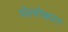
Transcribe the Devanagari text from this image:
मोल्दोव्हाला